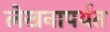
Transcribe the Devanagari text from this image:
लेखनापर्यंत